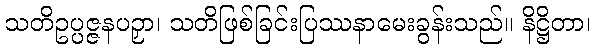
သတိဥပ္ပဇ္ဇနပဉှာ၊ သတိဖြစ်ခြင်းပြဿနာမေးခွန်းသည်။ နိဋ္ဌိတာ၊